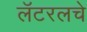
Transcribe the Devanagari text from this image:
लॅटरलचे